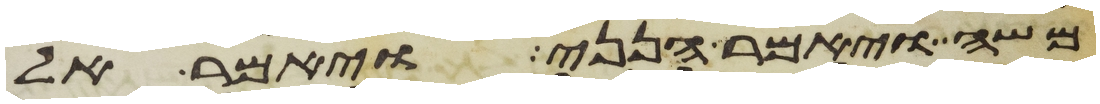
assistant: משה ויאמר הנני ויאמר אל